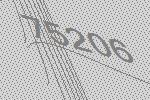
75206